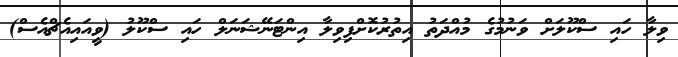
ވިލާ ހައި ސްކޫލަށް ވަނުމުގެ މުއްދަތު އިތުރުކޮށްފިވިލާ އިންޓަނޭޝަނަލް ހައި ސްކޫލު (ވީއައިއެޗްއެސް)